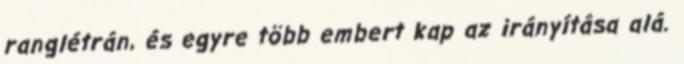
ranglétrán, és egyre több embert kap az irányítása alá.